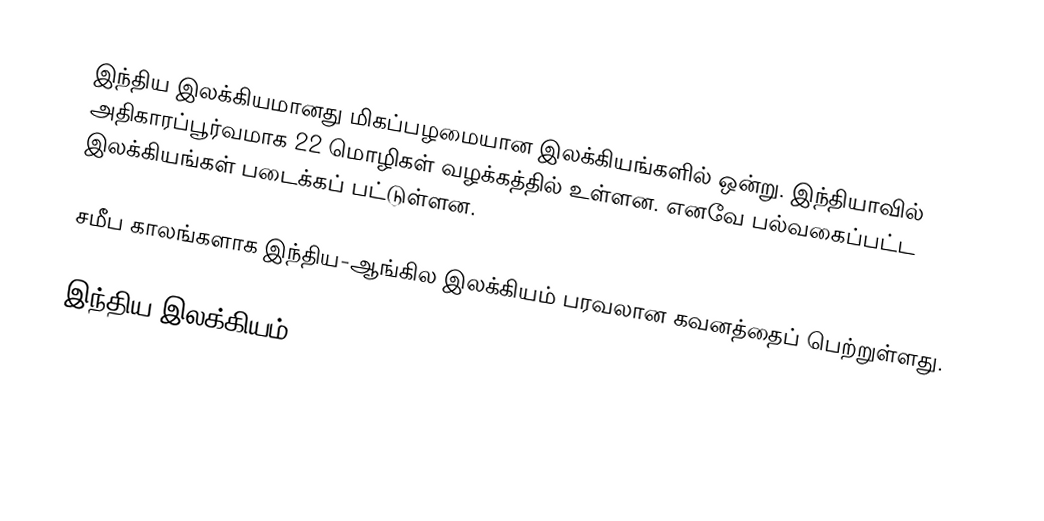
இந்திய இலக்கியமானது மிகப்பழமையான இலக்கியங்களில் ஒன்று. இந்தியாவில் அதிகாரப்பூர்வமாக 22 மொழிகள் வழக்கத்தில் உள்ளன. எனவே பல்வகைப்பட்ட இலக்கியங்கள் படைக்கப் பட்டுள்ளன.

சமீப காலங்களாக இந்திய-ஆங்கில இலக்கியம் பரவலான கவனத்தைப் பெற்றுள்ளது.

இந்திய இலக்கியம்